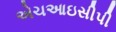
એચઆઇસીપી